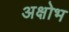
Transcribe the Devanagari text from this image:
अक्षोभ